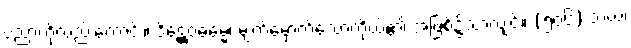
ပညာကိုလည်းကောင်း။ ဒိဋ္ဌေဝဓမ္မေ၊ မျက်မှောက်သောကိုယ်၏ အဖြစ်၌သာလျှင်။ (၅၀၆) သယံ၊